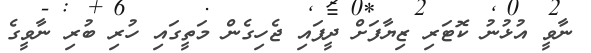
ނާވީ އުޅުނު ކޮޓަރި ޒިޔާފަށް ދީފައި ޖެހިގެން މަތީގައި ހުރި ބުރި ނާވީގެ